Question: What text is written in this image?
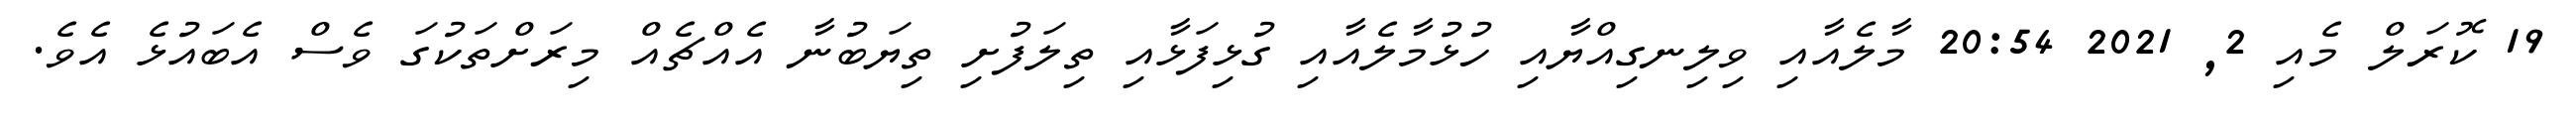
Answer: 19 ކޮރަލް މެއި 2, 2021 20:54 މާލެއާއި ވިލިނގިއްޔާއި ހުޅުމާލެއާއި ގުޅިފަޅާއި ތިލަފުށި ތިޔަބުނާ އެއްޗެއް މިރަށްތަކުގަ ވެސް އެބައުޅެ އެވެ.